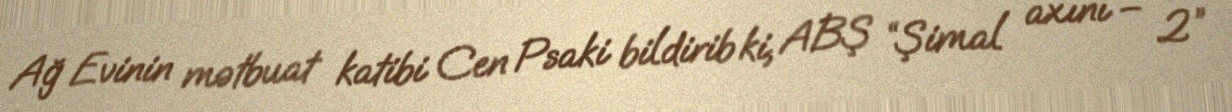
Ağ Evinin mətbuat katibi Cen Psaki bildirib ki, ABŞ “Şimal axını – 2”